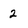
Character: 2